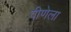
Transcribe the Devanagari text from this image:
वीणेला